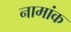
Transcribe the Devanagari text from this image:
नामांक